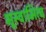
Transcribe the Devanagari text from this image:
भूस्वामित्व